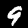
Label: 9